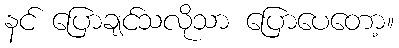
နင် ပြောချင်သလိုသာ ပြောပေတော့။